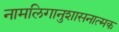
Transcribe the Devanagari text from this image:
नामलिगानुशासनात्मक